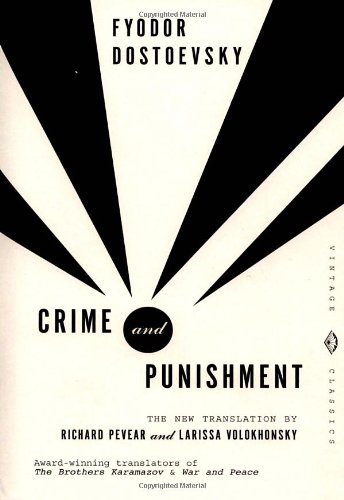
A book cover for Crime and Punishment: Pevear & Volokhonsky Translation (Vintage Classics); Fyodor Dostoevsky; Literature & Fiction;